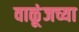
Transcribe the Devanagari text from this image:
वाळूंजच्या